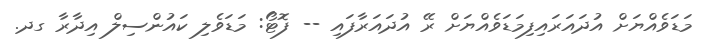
މަޑަވެއްޔަށް އުދައަރައިފިމަޑަވެއްޔަށް ރޭ އުދައަރާފައި -- ފޮޓޯ: މަޑަވެލި ކައުންސިލް އިދާރާ ގދ.